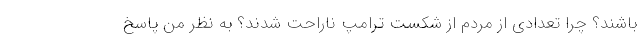
باشند؟ چرا تعدادی از مردم از شکست ترامپ ناراحت شدند؟ به نظر من پاسخ